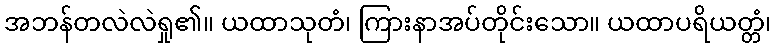
အဘန်တလဲလဲရှု၏။ ယထာသုတံ၊ ကြားနာအပ်တိုင်းသော။ ယထာပရိယတ္တံ၊